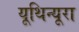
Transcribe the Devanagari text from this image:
यूथिन्यूरा